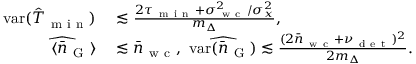
\begin{array} { r l } { \mathrm { v a r } ( \hat { T } _ { \mathrm { ~ m ~ i ~ n ~ } } ) } & { { } \lesssim \frac { 2 \tau _ { \mathrm { ~ m ~ i ~ n ~ } } + \sigma _ { \mathrm { ~ w ~ c ~ } } ^ { 2 } / \sigma _ { x } ^ { 2 } } { m _ { \Delta } } , } \\ { \langle \widehat { \bar { n } _ { \mathrm { ~ G ~ } } } \rangle } & { { } \lesssim \bar { n } _ { \mathrm { ~ w ~ c ~ } } , ~ \mathrm { v a r } ( \widehat { \bar { n } _ { \mathrm { ~ G ~ } } } ) \lesssim \frac { ( 2 \bar { n } _ { \mathrm { ~ w ~ c ~ } } + \nu _ { \mathrm { ~ d ~ e ~ t ~ } } ) ^ { 2 } } { 2 m _ { \Delta } } . } \end{array}